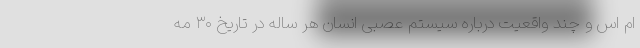
ام اس و چند واقعیت درباره سیستم عصبی انسان هر ساله در تاریخ ۳۰ مه